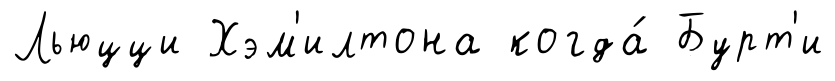
Льюцци Хэм'илтона когда́ Бурт'и